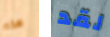
هذه لقد